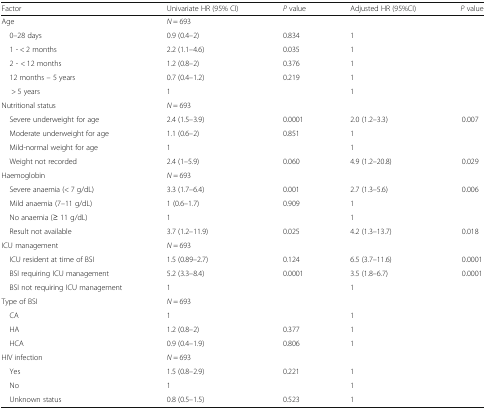
<table><thead><tr><td><b>Factor</b></td><td><b>Univariate HR (95% CI)</b></td><td><b><i>P</i> value</b></td><td><b>Adjusted HR (95%CI)</b></td><td><b><i>P</i> value</b></td></tr></thead><tbody><tr><td>Age</td><td><i>N</i> = 693</td><td></td><td></td><td></td></tr><tr><td> 0–28 days</td><td>0.9 (0.4–2)</td><td>0.834</td><td>1</td><td></td></tr><tr><td> 1 - &lt; 2 months</td><td>2.2 (1.1–4.6)</td><td>0.035</td><td>1</td><td></td></tr><tr><td> 2 - &lt; 12 months</td><td>1.2 (0.8–2)</td><td>0.376</td><td>1</td><td></td></tr><tr><td> 12 months – 5 years</td><td>0.7 (0.4–1.2)</td><td>0.219</td><td>1</td><td></td></tr><tr><td>&gt; 5 years</td><td>1</td><td></td><td>1</td><td></td></tr><tr><td>Nutritional status</td><td><i>N</i> = 693</td><td></td><td></td><td></td></tr><tr><td> Severe underweight for age</td><td>2.4 (1.5–3.9)</td><td>0.0001</td><td>2.0 (1.2–3.3)</td><td>0.007</td></tr><tr><td> Moderate underweight for age</td><td>1.1 (0.6–2)</td><td>0.851</td><td>1</td><td></td></tr><tr><td> Mild-normal weight for age</td><td>1</td><td></td><td>1</td><td></td></tr><tr><td> Weight not recorded</td><td>2.4 (1–5.9)</td><td>0.060</td><td>4.9 (1.2–20.8)</td><td>0.029</td></tr><tr><td>Haemoglobin</td><td><i>N</i> = 693</td><td></td><td></td><td></td></tr><tr><td> Severe anaemia (&lt; 7 g/dL)</td><td>3.3 (1.7–6.4)</td><td>0.001</td><td>2.7 (1.3–5.6)</td><td>0.006</td></tr><tr><td> Mild anaemia (7–11 g/dL)</td><td>1 (0.6–1.7)</td><td>0.909</td><td>1</td><td></td></tr><tr><td> No anaemia (≥ 11 g/dL)</td><td>1</td><td></td><td>1</td><td></td></tr><tr><td> Result not available</td><td>3.7 (1.2–11.9)</td><td>0.025</td><td>4.2 (1.3–13.7)</td><td>0.018</td></tr><tr><td>ICU management</td><td><i>N</i> = 693</td><td></td><td></td><td></td></tr><tr><td> ICU resident at time of BSI</td><td>1.5 (0.89–2.7)</td><td>0.124</td><td>6.5 (3.7–11.6)</td><td>0.0001</td></tr><tr><td> BSI requiring ICU management</td><td>5.2 (3.3–8.4)</td><td>0.0001</td><td>3.5 (1.8–6.7)</td><td>0.0001</td></tr><tr><td> BSI not requiring ICU management</td><td>1</td><td></td><td>1</td><td></td></tr><tr><td>Type of BSI</td><td><i>N</i> = 693</td><td></td><td></td><td></td></tr><tr><td> CA</td><td>1</td><td></td><td>1</td><td></td></tr><tr><td> HA</td><td>1.2 (0.8–2)</td><td>0.377</td><td>1</td><td></td></tr><tr><td> HCA</td><td>0.9 (0.4–1.9)</td><td>0.806</td><td>1</td><td></td></tr><tr><td>HIV infection</td><td><i>N</i> = 693</td><td></td><td></td><td></td></tr><tr><td> Yes</td><td>1.5 (0.8–2.9)</td><td>0.221</td><td>1</td><td></td></tr><tr><td> No</td><td>1</td><td></td><td>1</td><td></td></tr><tr><td> Unknown status</td><td>0.8 (0.5–1.5)</td><td>0.523</td><td>1</td><td></td></tr></tbody></table>